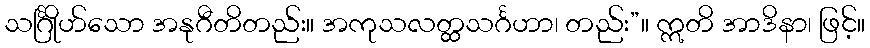
သင်္ဂြိုဟ်သော အနုဂီတိတည်း။ အကုသလတ္ထသင်္ဂဟာ၊ တည်း”။ ဣတိ အာဒိနာ၊ ဖြင့်။